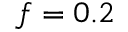
f = 0 . 2